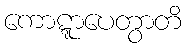
ကောဋ္ဋာပေတွာတိ